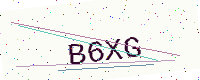
Text: B6XG